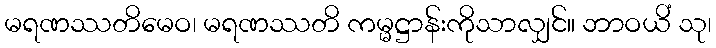
မရဏဿတိမေဝ၊ မရဏဿတိ ကမ္မဋ္ဌာန်းကိုသာလျှင်။ ဘာဝယိံ သု၊